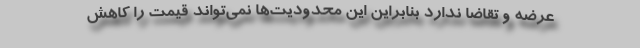
عرضه و تقاضا ندارد بنابراین این محدودیت‌ها نمی‌تواند قیمت را کاهش